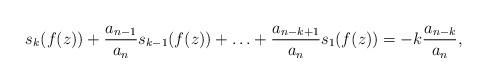
LaTeX: \begin{align*}s_k(f(z))+\frac{a_{n-1}}{a_n}s_{k-1}(f(z))+\ldots+\frac{a_{n-k+1}}{a_n}s_1(f(z))=-k\frac{a_{n-k}}{a_n},\end{align*}